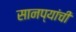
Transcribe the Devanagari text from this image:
सानप्यांची